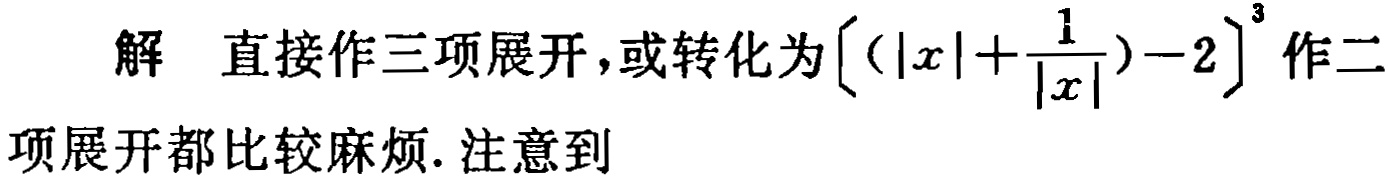
解 直接作三项展开，或转化为\(\left[\left(|x|+\frac{1}{|x|}\right)-2\right]^{3}\)作二项展开都比较麻烦. 注意到